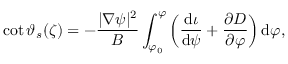
\cot \vartheta _ { s } ( \zeta ) = - \frac { | \nabla \psi | ^ { 2 } } { B } \int _ { \varphi _ { 0 } } ^ { \varphi } \left( \frac { \mathrm { d } \iota } { \mathrm { d } \psi } + \frac { \partial D } { \partial \varphi } \right) \mathrm { d } \varphi ,